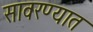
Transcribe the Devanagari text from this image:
सावरण्यात